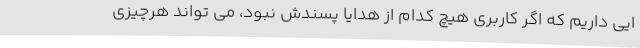
ایی داریم که اگر کاربری هیچ کدام از هدایا پسندش نبود، می تواند هرچیزی